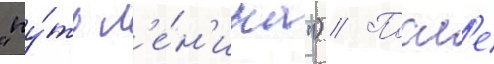
"пу́ть л'е́н'ина") // Посл'е